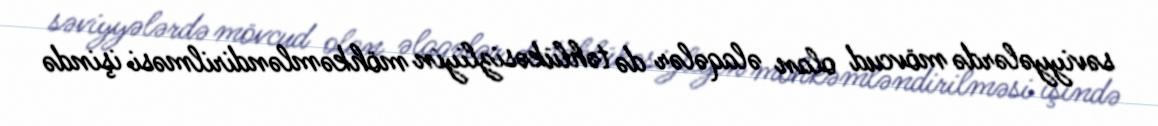
səviyyələrdə mövcud olan əlaqələr də təhlükəsizliyin möhkəmləndirilməsi işində